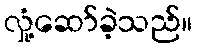
လှုံ့ဆော်ခဲ့သည်။